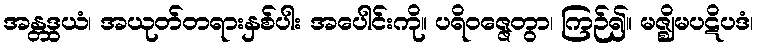
အန္တဒွယံ၊ အယုတ်တရားနှစ်ပါး အပေါင်းကို။ ပရိဝဇ္ဇေတွာ၊ ကြဉ်၍။ မဇ္ဈိမပဋိပဒံ၊